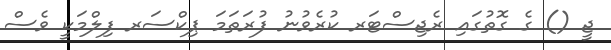
ޖީ () ގެ ގޮތުގައި ރެޖިސްޓަރ ކުރެވުނު ފުރަތަމަ ޕިކްސަރ ފިލްމަކީ ވެސް